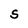
Character: S